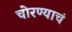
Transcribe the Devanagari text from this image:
चोरण्याचं